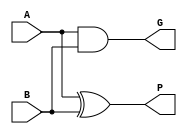
module carry_prop(P, G, A, B);
	input A, B;
	output P, G;
	
	assign
		P = A^B,
		G = A&B;
endmodule


module look_ahead_adder(o, a, b);
	input [0:3] a;
	input [0:3] b;
	output [0:4] o;

	wire t1, t2, t3, t4, t5, c1, c2, c3;
	wire p0, p1, p2, p3, g0, g1, g2, g3;

	carry_prop x15(p0, g0, a[3], b[3]);
	carry_prop x16(p1, g1, a[2], b[2]);
	carry_prop x17(p2, g2, a[1], b[1]);
	carry_prop x18(p3, g3, a[0], b[0]);	

	assign
		c1 = g0,
	
		t1 = p1 & g0,
		c2 = g1 | t1,

		t1 = p2 & p1 & g0,
		t2 = p2 & g1,
		c3 = t2 | t1 | g2,

		t1 = p3 & p2 & p1 & g0,
		t2 = p3 & p2 & g1,
		t3 = p3 & g2,
		o[0] = t3 | t2 | t1 | g3,

		o[4] = p0,
		o[3] = p1 ^ c1,
		o[2] = p2 ^ c2,
		o[1] = p3 ^ c3;
	
endmodule